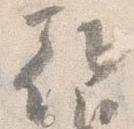
朝